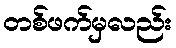
တစ်ဖက်မှလည်း